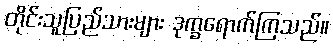
တိုင်းသူပြည်သားများ ဒုက္ခရောက်ကြသည်။